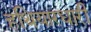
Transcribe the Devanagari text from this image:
हथियारधारी